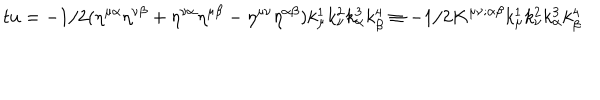
LaTeX: t u = - 1 / 2 ( \eta ^ { \mu \alpha } \eta ^ { \nu \beta } + \eta ^ { \nu \alpha } \eta ^ { \mu \beta } - \eta ^ { \mu \nu } \eta ^ { \alpha \beta } ) k _ { \mu } ^ { 1 } k _ { \nu } ^ { 2 } k _ { \alpha } ^ { 3 } k _ { \beta } ^ { 4 } \equiv - 1 / 2 K ^ { \mu \nu ; \alpha \beta } k _ { \mu } ^ { 1 } k _ { \nu } ^ { 2 } k _ { \alpha } ^ { 3 } k _ { \beta } ^ { 4 }